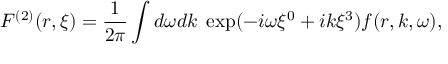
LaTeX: F ^ { ( 2 ) } ( r , \xi ) = \frac { 1 } { 2 \pi } \int d \omega d k \; \exp ( - i \omega \xi ^ { 0 } + i k \xi ^ { 3 } ) f ( r , k , \omega ) ,